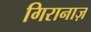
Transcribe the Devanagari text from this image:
गिरानाज़